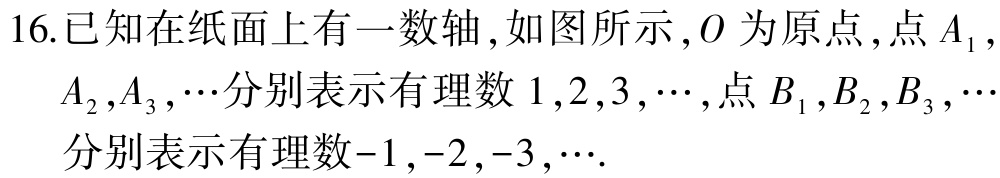
16.已知在纸面上有一数轴,如图所示,\(O\)为原点,点\(A_{1}\),\(A_{2},A_{3},\cdots\)分别表示有理数\(1,2,3,\cdots\),点\(B_{1},B_{2},B_{3},\cdots\)分别表示有理数\(-1,-2,-3,\cdots\).